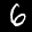
Label: 6